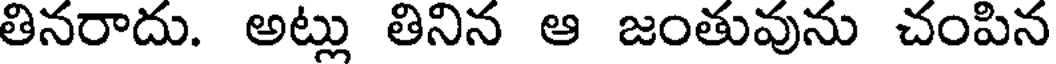
తినరాదు. అట్లు తినిన ఆ జంతువును చంపిన